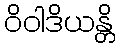
ဝိဝါဒိယန္တိ